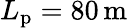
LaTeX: L_{\mathrm{p}}=80\, \mathrm{m}